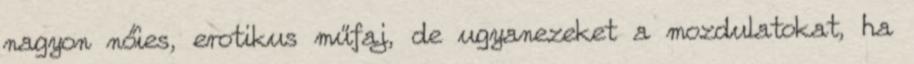
nagyon nőies, erotikus műfaj, de ugyanezeket a mozdulatokat, ha